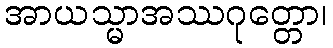
အာယသ္မာအဿဂုတ္တော၊